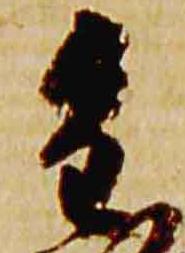
重